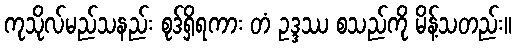
ကုသိုလ်မည်သနည်း စုဒ်ရှိရကား တံ ဥဒ္ဒဿ စသည်ကို မိန့်သတည်း။